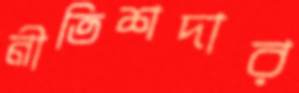
নীতিশদার